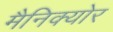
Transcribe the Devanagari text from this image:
मैनिक्योर